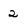
Character: 2